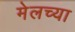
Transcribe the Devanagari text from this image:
मेलच्या